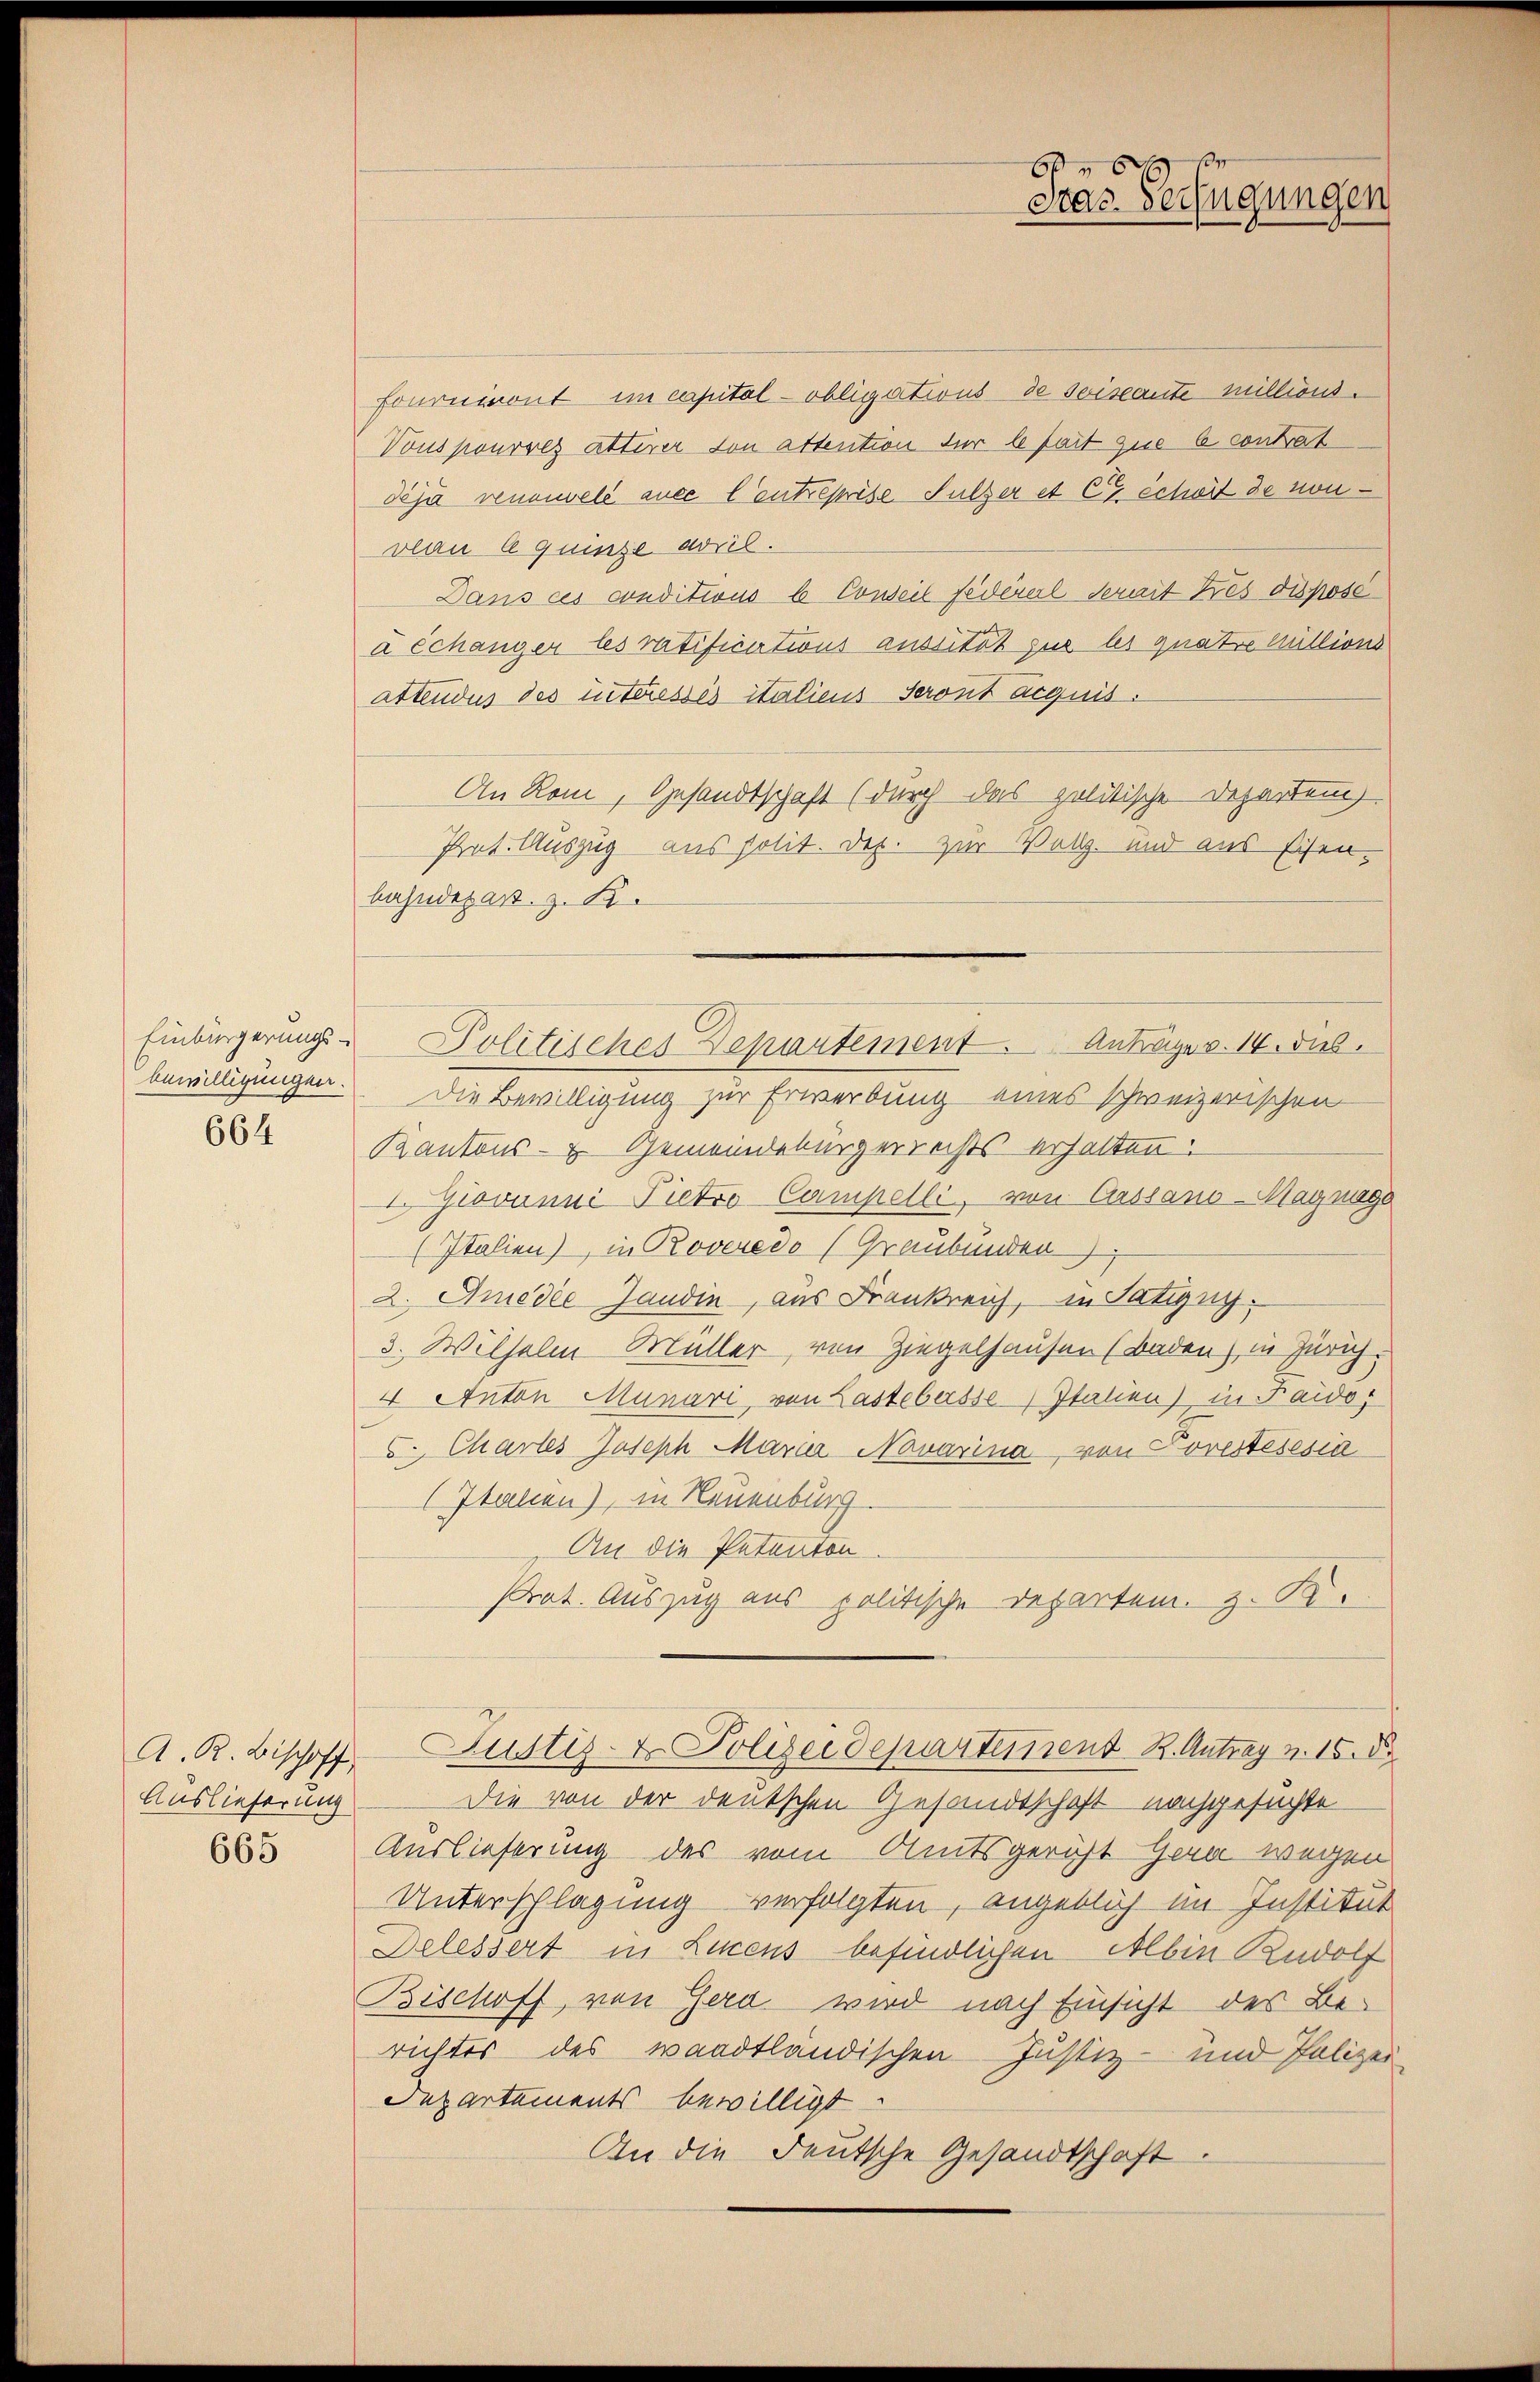
664

Auslieferung
665

Fourimont im capital- obligations de soiscante millions.
Vous pourrez attirer von attention für le fait que le contrat
déjà reumwele auce Centreprise Sulzer et C échoit de nonvlau le quinze avril.
Dans ces conditions b Conseil federerl serait tres dispose
à échanger les ratifications aussität zur les quate Millions
attendus des interessés italiens Seront acquis.
An Rom, Gesandtschaft (durch das politische Departung
Pat. Auszug aus Polit. Dez. zur Vollz- und aus Eisenbahndepart z. B.
Einbürgerungs-Politisches Departement. Anträges. 14. dieb.
bewilligungen. Die Bewilligung zur Erwerbung eines schweizerischen
Kantons- Gemeindebürgerrechts erhalten.
 Giovanni Pietro Campelli, von Cassano-Magnage
(Italien), in Roveredo (Graubünden
2. Amadie Jandin, aus Frankreich, in Satigny.
3. Wilhelm Müller, von Ziegelhausen (Baden) in Zürich.
4 Anton Munari, von Lastebersse, Italien) in Faidos
6. Chartes Joseph Mara Novarina, von Poresteresia
(Italien), in Neuenburg.
An die Petenton
Prat. Auszug aus politische Departem z. B.
A. R. Bischoff, Justiz- & Polizeidepartement K. Antrag v. 15. d.
Die von der deutschen Gesandtschaft nachgesuchte
Auslieferung des vom Amtsgericht Gera wegen
Unterschlagung verfolgten, angeblich im Institut
Delessert in Lucens befindlichen Albin Rudolf
Bischoff von Gerd wird nach Einsicht des Berichtes des waadtländischen Justiz- und Polizei
Departements bewilligt.
An die deutsche Gesandtschaft.

6
Dras Verfügungen